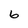
Character: 6